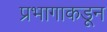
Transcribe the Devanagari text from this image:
प्रभागाकडून